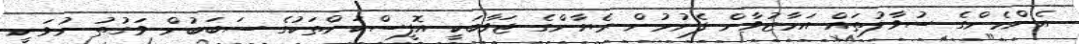
އެންމެންގެ ސުވާލުތައް އަމާޒުވާން ފެށުމުން ރެޔާންގެ ޖަވާބަކީ އޮފީސްކަންތަކުގެ ސަބަބުން ވަގުތު ނުވަނީ